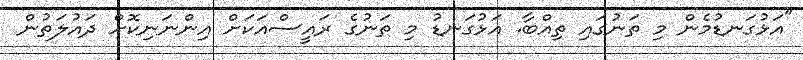
"އަޅުގަނޑުމެން މި ތަނުގައި ތިއްބާ. އަޅުގަނޑު މި ތަނުގެ ރައީސްއަކަށް އިންނަނިކޮށް ދައުލަތުން